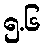
၅.၆